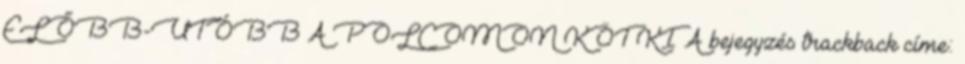
ELŐBB-UTÓBB A POLCOMON KÖT KI A bejegyzés trackback címe: